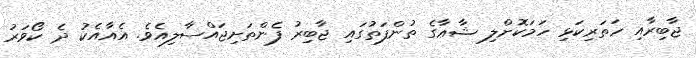
ޖާބިރާއި ހަތަރިކަޅި ހަމަކޮށްލި ޝާޢާގެ ތުންފަތުގައި ޖާބިރު ފެންތަށިޖައްސާލިއެވެ. އެއާއެކު ދެ ކޯވަރު